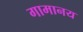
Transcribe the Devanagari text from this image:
गामानय